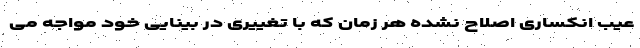
عیب انکساری اصلاح نشده هر زمان که با تغییری در بینایی خود مواجه می